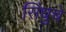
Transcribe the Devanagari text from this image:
सिंधुचे